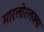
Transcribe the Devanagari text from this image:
सारलोरलक्स